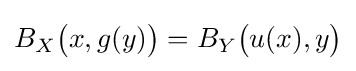
B_{X}{\big (}x,g(y){\big )}=B_{Y}{\big (}u(x),y{\big )}